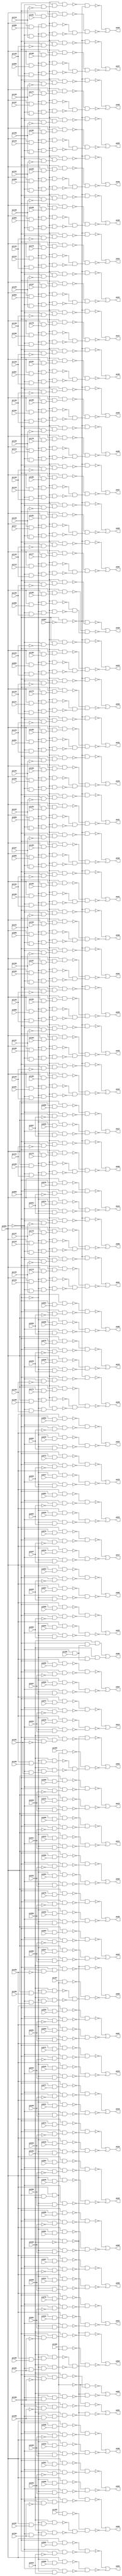
// Benchmark "i7" written by ABC on Sun Apr 22 21:43:05 2018

module i7 ( 
    pi000, pi001, pi002, pi003, pi004, pi005, pi006, pi007, pi008, pi009,
    pi010, pi011, pi012, pi013, pi014, pi015, pi016, pi017, pi018, pi019,
    pi020, pi021, pi022, pi023, pi024, pi025, pi026, pi027, pi028, pi029,
    pi030, pi031, pi032, pi033, pi034, pi035, pi036, pi037, pi038, pi039,
    pi040, pi041, pi042, pi043, pi044, pi045, pi046, pi047, pi048, pi049,
    pi050, pi051, pi052, pi053, pi054, pi055, pi056, pi057, pi058, pi059,
    pi060, pi061, pi062, pi063, pi064, pi065, pi066, pi067, pi068, pi069,
    pi070, pi071, pi072, pi073, pi074, pi075, pi076, pi077, pi078, pi079,
    pi080, pi081, pi082, pi083, pi084, pi085, pi086, pi087, pi088, pi089,
    pi090, pi091, pi092, pi093, pi094, pi095, pi096, pi097, pi098, pi099,
    pi100, pi101, pi102, pi103, pi104, pi105, pi106, pi107, pi108, pi109,
    pi110, pi111, pi112, pi113, pi114, pi115, pi116, pi117, pi118, pi119,
    pi120, pi121, pi122, pi123, pi124, pi125, pi126, pi127, pi128, pi129,
    pi130, pi131, pi132, pi133, pi134, pi135, pi136, pi137, pi138, pi139,
    pi140, pi141, pi142, pi143, pi144, pi145, pi146, pi147, pi148, pi149,
    pi150, pi151, pi152, pi153, pi154, pi155, pi156, pi157, pi158, pi159,
    pi160, pi161, pi162, pi163, pi164, pi165, pi166, pi167, pi168, pi169,
    pi170, pi171, pi172, pi173, pi174, pi175, pi176, pi177, pi178, pi179,
    pi180, pi181, pi182, pi183, pi184, pi185, pi186, pi187, pi188, pi189,
    pi190, pi191, pi192, pi193, pi194, pi195, pi196, pi197, pi198,
    po00, po01, po02, po03, po04, po05, po06, po07, po08, po09, po10, po11,
    po12, po13, po14, po15, po16, po17, po18, po19, po20, po21, po22, po23,
    po24, po25, po26, po27, po28, po29, po30, po31, po32, po33, po34, po35,
    po36, po37, po38, po39, po40, po41, po42, po43, po44, po45, po46, po47,
    po48, po49, po50, po51, po52, po53, po54, po55, po56, po57, po58, po59,
    po60, po61, po62, po63, po64, po65, po66  );
  input  pi000, pi001, pi002, pi003, pi004, pi005, pi006, pi007, pi008,
    pi009, pi010, pi011, pi012, pi013, pi014, pi015, pi016, pi017, pi018,
    pi019, pi020, pi021, pi022, pi023, pi024, pi025, pi026, pi027, pi028,
    pi029, pi030, pi031, pi032, pi033, pi034, pi035, pi036, pi037, pi038,
    pi039, pi040, pi041, pi042, pi043, pi044, pi045, pi046, pi047, pi048,
    pi049, pi050, pi051, pi052, pi053, pi054, pi055, pi056, pi057, pi058,
    pi059, pi060, pi061, pi062, pi063, pi064, pi065, pi066, pi067, pi068,
    pi069, pi070, pi071, pi072, pi073, pi074, pi075, pi076, pi077, pi078,
    pi079, pi080, pi081, pi082, pi083, pi084, pi085, pi086, pi087, pi088,
    pi089, pi090, pi091, pi092, pi093, pi094, pi095, pi096, pi097, pi098,
    pi099, pi100, pi101, pi102, pi103, pi104, pi105, pi106, pi107, pi108,
    pi109, pi110, pi111, pi112, pi113, pi114, pi115, pi116, pi117, pi118,
    pi119, pi120, pi121, pi122, pi123, pi124, pi125, pi126, pi127, pi128,
    pi129, pi130, pi131, pi132, pi133, pi134, pi135, pi136, pi137, pi138,
    pi139, pi140, pi141, pi142, pi143, pi144, pi145, pi146, pi147, pi148,
    pi149, pi150, pi151, pi152, pi153, pi154, pi155, pi156, pi157, pi158,
    pi159, pi160, pi161, pi162, pi163, pi164, pi165, pi166, pi167, pi168,
    pi169, pi170, pi171, pi172, pi173, pi174, pi175, pi176, pi177, pi178,
    pi179, pi180, pi181, pi182, pi183, pi184, pi185, pi186, pi187, pi188,
    pi189, pi190, pi191, pi192, pi193, pi194, pi195, pi196, pi197, pi198;
  output po00, po01, po02, po03, po04, po05, po06, po07, po08, po09, po10,
    po11, po12, po13, po14, po15, po16, po17, po18, po19, po20, po21, po22,
    po23, po24, po25, po26, po27, po28, po29, po30, po31, po32, po33, po34,
    po35, po36, po37, po38, po39, po40, po41, po42, po43, po44, po45, po46,
    po47, po48, po49, po50, po51, po52, po53, po54, po55, po56, po57, po58,
    po59, po60, po61, po62, po63, po64, po65, po66;
  wire n267, n268, n269, n270, n271, n272, n273, n274, n275, n276, n278,
    n279, n280, n281, n282, n283, n284, n285, n286, n287, n289, n290, n291,
    n292, n293, n294, n295, n296, n297, n298, n300, n301, n302, n303, n304,
    n305, n306, n307, n308, n309, n311, n312, n313, n314, n315, n316, n317,
    n318, n319, n320, n322, n323, n324, n325, n326, n327, n328, n329, n330,
    n331, n333, n334, n335, n336, n337, n338, n339, n340, n341, n342, n344,
    n345, n346, n347, n348, n349, n350, n351, n352, n353, n355, n356, n357,
    n358, n359, n360, n361, n362, n363, n364, n366, n367, n368, n369, n370,
    n371, n372, n373, n374, n375, n377, n378, n379, n380, n381, n382, n383,
    n384, n385, n386, n388, n389, n390, n391, n392, n393, n394, n395, n396,
    n397, n399, n400, n401, n402, n403, n404, n405, n406, n407, n408, n410,
    n411, n412, n413, n414, n415, n416, n417, n418, n419, n421, n422, n423,
    n424, n425, n426, n427, n428, n429, n430, n432, n433, n434, n435, n436,
    n437, n438, n439, n440, n441, n443, n444, n445, n446, n447, n448, n449,
    n450, n451, n452, n454, n455, n456, n457, n458, n459, n460, n461, n462,
    n463, n465, n466, n467, n468, n469, n470, n471, n472, n473, n474, n476,
    n477, n478, n479, n480, n481, n482, n483, n484, n485, n487, n488, n489,
    n490, n491, n492, n493, n494, n495, n496, n498, n499, n500, n501, n502,
    n503, n504, n505, n506, n507, n509, n510, n511, n512, n513, n514, n515,
    n516, n517, n518, n520, n521, n522, n523, n524, n525, n526, n527, n528,
    n529, n531, n532, n533, n534, n535, n536, n537, n538, n539, n540, n542,
    n543, n544, n545, n546, n547, n548, n549, n550, n551, n553, n554, n555,
    n556, n557, n558, n559, n560, n561, n562, n564, n565, n566, n567, n568,
    n569, n570, n571, n572, n573, n575, n576, n577, n578, n579, n580, n581,
    n582, n583, n584, n585, n586, n587, n588, n589, n590, n592, n593, n594,
    n595, n596, n597, n598, n599, n600, n601, n602, n603, n604, n605, n606,
    n608, n609, n610, n611, n612, n613, n614, n615, n616, n617, n618, n619,
    n620, n621, n622, n624, n625, n626, n627, n628, n629, n630, n631, n632,
    n633, n634, n635, n636, n637, n638, n640, n641, n642, n643, n644, n645,
    n646, n647, n648, n649, n650, n651, n652, n653, n654, n656, n657, n658,
    n659, n660, n661, n662, n663, n664, n665, n666, n667, n668, n669, n670,
    n672, n673, n674, n675, n676, n677, n678, n679, n680, n681, n682, n683,
    n684, n685, n686, n688, n689, n690, n691, n692, n693, n694, n695, n696,
    n697, n698, n699, n700, n701, n702, n704, n705, n706, n707, n708, n709,
    n710, n711, n712, n713, n714, n715, n716, n717, n718, n720, n721, n722,
    n723, n724, n725, n726, n727, n728, n729, n730, n731, n732, n733, n734,
    n736, n737, n738, n739, n740, n741, n742, n743, n744, n745, n746, n747,
    n748, n749, n750, n752, n753, n754, n755, n756, n757, n758, n759, n760,
    n761, n762, n763, n764, n765, n766, n768, n769, n770, n771, n772, n773,
    n774, n775, n776, n777, n778, n779, n780, n781, n782, n784, n785, n786,
    n787, n788, n789, n790, n791, n792, n793, n794, n795, n796, n797, n798,
    n800, n801, n802, n803, n804, n805, n806, n807, n808, n809, n810, n811,
    n812, n813, n814, n816, n817, n818, n819, n820, n821, n822, n823, n824,
    n825, n826, n827, n828, n829, n830, n832, n833, n834, n835, n836, n837,
    n838, n839, n840, n841, n842, n843, n844, n845, n846, n848, n849, n850,
    n851, n852, n853, n854, n855, n856, n857, n858, n859, n860, n861, n862,
    n864, n865, n866, n867, n868, n869, n870, n871, n872, n873, n874, n875,
    n876, n877, n878, n880, n881, n882, n883, n884, n885, n886, n887, n888,
    n889, n890, n891, n892, n893, n894, n896, n897, n898, n899, n900, n901,
    n902, n903, n904, n905, n906, n907, n908, n909, n910, n912, n913, n914,
    n915, n916, n917, n918, n919, n920, n921, n922, n923, n924, n925, n926,
    n928, n929, n930, n931, n932, n933, n934, n935, n936, n937, n938, n939,
    n940, n941, n942, n944, n945, n946, n947, n948, n949, n950, n951, n952,
    n953, n954, n955, n956, n957, n958, n960, n961, n962, n963, n964, n965,
    n966, n967, n968, n969, n970, n971, n972, n973, n974, n976, n977, n978,
    n979, n980, n981, n982, n983, n984, n985, n986, n987, n988, n989, n990,
    n992, n993, n994, n995, n996, n997, n998, n999, n1000, n1001, n1002,
    n1003, n1004, n1005, n1006, n1008, n1009, n1010, n1011, n1012, n1013,
    n1014, n1015, n1016, n1017, n1018, n1019, n1020, n1021, n1022, n1024,
    n1025, n1026, n1027, n1028, n1029, n1030, n1031, n1032, n1033, n1034,
    n1035, n1036, n1037, n1038, n1040, n1041, n1042, n1043, n1044, n1045,
    n1046, n1047, n1048, n1049, n1050, n1051, n1052, n1053, n1054, n1056,
    n1057, n1058, n1059, n1060, n1061, n1062, n1063, n1064, n1065, n1066,
    n1067, n1068, n1069, n1070, n1072, n1073, n1074, n1075, n1076, n1077,
    n1078, n1079, n1080, n1081, n1082, n1083, n1084, n1085, n1086, n1088,
    n1089, n1090, n1091, n1092, n1094, n1095, n1096, n1097, n1098, n1099,
    n1100, n1101, n1102, n1103, n1104, n1106, n1107, n1108, n1109, n1110,
    n1111, n1112, n1113, n1115, n1116, n1117, n1118, n1119, n1120, n1121,
    n1122, n1123, n1124, n1125, n1126, n1127, n1129, n1130, n1131, n1132,
    n1133, n1134, n1135, n1136, n1137, n1138, n1139, n1140, n1141, n1143,
    n1144, n1145, n1146, n1147, n1148, n1149, n1150, n1151, n1152, n1153,
    n1154, n1155, n1157, n1158, n1159, n1160, n1161, n1162, n1163, n1164,
    n1165, n1166, n1167, n1168, n1169;
  assign n267 = ~pi000 & pi001;
  assign n268 = pi002 & n267;
  assign n269 = ~pi000 & pi030;
  assign n270 = ~pi002 & n269;
  assign n271 = pi000 & pi058;
  assign n272 = pi002 & n271;
  assign n273 = pi000 & ~pi030;
  assign n274 = ~pi002 & n273;
  assign n275 = ~n272 & ~n274;
  assign n276 = ~n268 & ~n270;
  assign po00 = ~n275 | ~n276;
  assign n278 = ~pi000 & pi003;
  assign n279 = pi002 & n278;
  assign n280 = ~pi000 & pi031;
  assign n281 = ~pi002 & n280;
  assign n282 = pi000 & pi059;
  assign n283 = pi002 & n282;
  assign n284 = pi000 & ~pi031;
  assign n285 = ~pi002 & n284;
  assign n286 = ~n283 & ~n285;
  assign n287 = ~n279 & ~n281;
  assign po01 = ~n286 | ~n287;
  assign n289 = ~pi000 & pi004;
  assign n290 = pi002 & n289;
  assign n291 = ~pi000 & pi032;
  assign n292 = ~pi002 & n291;
  assign n293 = pi000 & pi060;
  assign n294 = pi002 & n293;
  assign n295 = pi000 & ~pi032;
  assign n296 = ~pi002 & n295;
  assign n297 = ~n294 & ~n296;
  assign n298 = ~n290 & ~n292;
  assign po02 = ~n297 | ~n298;
  assign n300 = ~pi000 & pi005;
  assign n301 = pi002 & n300;
  assign n302 = ~pi000 & pi033;
  assign n303 = ~pi002 & n302;
  assign n304 = pi000 & pi061;
  assign n305 = pi002 & n304;
  assign n306 = pi000 & ~pi033;
  assign n307 = ~pi002 & n306;
  assign n308 = ~n305 & ~n307;
  assign n309 = ~n301 & ~n303;
  assign po03 = ~n308 | ~n309;
  assign n311 = ~pi000 & pi006;
  assign n312 = pi002 & n311;
  assign n313 = ~pi000 & pi034;
  assign n314 = ~pi002 & n313;
  assign n315 = pi000 & pi062;
  assign n316 = pi002 & n315;
  assign n317 = pi000 & ~pi034;
  assign n318 = ~pi002 & n317;
  assign n319 = ~n316 & ~n318;
  assign n320 = ~n312 & ~n314;
  assign po04 = ~n319 | ~n320;
  assign n322 = ~pi000 & pi007;
  assign n323 = pi002 & n322;
  assign n324 = ~pi000 & pi035;
  assign n325 = ~pi002 & n324;
  assign n326 = pi000 & pi063;
  assign n327 = pi002 & n326;
  assign n328 = pi000 & ~pi035;
  assign n329 = ~pi002 & n328;
  assign n330 = ~n327 & ~n329;
  assign n331 = ~n323 & ~n325;
  assign po05 = ~n330 | ~n331;
  assign n333 = ~pi000 & pi008;
  assign n334 = pi002 & n333;
  assign n335 = ~pi000 & pi036;
  assign n336 = ~pi002 & n335;
  assign n337 = pi000 & pi064;
  assign n338 = pi002 & n337;
  assign n339 = pi000 & ~pi036;
  assign n340 = ~pi002 & n339;
  assign n341 = ~n338 & ~n340;
  assign n342 = ~n334 & ~n336;
  assign po06 = ~n341 | ~n342;
  assign n344 = ~pi000 & pi009;
  assign n345 = pi002 & n344;
  assign n346 = ~pi000 & pi037;
  assign n347 = ~pi002 & n346;
  assign n348 = pi000 & pi065;
  assign n349 = pi002 & n348;
  assign n350 = pi000 & ~pi037;
  assign n351 = ~pi002 & n350;
  assign n352 = ~n349 & ~n351;
  assign n353 = ~n345 & ~n347;
  assign po07 = ~n352 | ~n353;
  assign n355 = ~pi000 & pi010;
  assign n356 = pi002 & n355;
  assign n357 = ~pi000 & pi038;
  assign n358 = ~pi002 & n357;
  assign n359 = pi000 & pi066;
  assign n360 = pi002 & n359;
  assign n361 = pi000 & ~pi038;
  assign n362 = ~pi002 & n361;
  assign n363 = ~n360 & ~n362;
  assign n364 = ~n356 & ~n358;
  assign po08 = ~n363 | ~n364;
  assign n366 = ~pi000 & pi011;
  assign n367 = pi002 & n366;
  assign n368 = ~pi000 & pi039;
  assign n369 = ~pi002 & n368;
  assign n370 = pi000 & pi067;
  assign n371 = pi002 & n370;
  assign n372 = pi000 & ~pi039;
  assign n373 = ~pi002 & n372;
  assign n374 = ~n371 & ~n373;
  assign n375 = ~n367 & ~n369;
  assign po09 = ~n374 | ~n375;
  assign n377 = ~pi000 & pi012;
  assign n378 = pi002 & n377;
  assign n379 = ~pi000 & pi040;
  assign n380 = ~pi002 & n379;
  assign n381 = pi000 & pi068;
  assign n382 = pi002 & n381;
  assign n383 = pi000 & ~pi040;
  assign n384 = ~pi002 & n383;
  assign n385 = ~n382 & ~n384;
  assign n386 = ~n378 & ~n380;
  assign po10 = ~n385 | ~n386;
  assign n388 = ~pi000 & pi013;
  assign n389 = pi002 & n388;
  assign n390 = ~pi000 & pi041;
  assign n391 = ~pi002 & n390;
  assign n392 = pi000 & pi069;
  assign n393 = pi002 & n392;
  assign n394 = pi000 & ~pi041;
  assign n395 = ~pi002 & n394;
  assign n396 = ~n393 & ~n395;
  assign n397 = ~n389 & ~n391;
  assign po11 = ~n396 | ~n397;
  assign n399 = ~pi000 & pi014;
  assign n400 = pi002 & n399;
  assign n401 = ~pi000 & pi042;
  assign n402 = ~pi002 & n401;
  assign n403 = pi000 & pi070;
  assign n404 = pi002 & n403;
  assign n405 = pi000 & ~pi042;
  assign n406 = ~pi002 & n405;
  assign n407 = ~n404 & ~n406;
  assign n408 = ~n400 & ~n402;
  assign po12 = ~n407 | ~n408;
  assign n410 = ~pi000 & pi015;
  assign n411 = pi002 & n410;
  assign n412 = ~pi000 & pi043;
  assign n413 = ~pi002 & n412;
  assign n414 = pi000 & pi071;
  assign n415 = pi002 & n414;
  assign n416 = pi000 & ~pi043;
  assign n417 = ~pi002 & n416;
  assign n418 = ~n415 & ~n417;
  assign n419 = ~n411 & ~n413;
  assign po13 = ~n418 | ~n419;
  assign n421 = ~pi000 & pi016;
  assign n422 = pi002 & n421;
  assign n423 = ~pi000 & pi044;
  assign n424 = ~pi002 & n423;
  assign n425 = pi000 & pi072;
  assign n426 = pi002 & n425;
  assign n427 = pi000 & ~pi044;
  assign n428 = ~pi002 & n427;
  assign n429 = ~n426 & ~n428;
  assign n430 = ~n422 & ~n424;
  assign po14 = ~n429 | ~n430;
  assign n432 = ~pi000 & pi017;
  assign n433 = pi002 & n432;
  assign n434 = ~pi000 & pi045;
  assign n435 = ~pi002 & n434;
  assign n436 = pi000 & pi073;
  assign n437 = pi002 & n436;
  assign n438 = pi000 & ~pi045;
  assign n439 = ~pi002 & n438;
  assign n440 = ~n437 & ~n439;
  assign n441 = ~n433 & ~n435;
  assign po15 = ~n440 | ~n441;
  assign n443 = ~pi000 & pi018;
  assign n444 = pi002 & n443;
  assign n445 = ~pi000 & pi046;
  assign n446 = ~pi002 & n445;
  assign n447 = pi000 & pi074;
  assign n448 = pi002 & n447;
  assign n449 = pi000 & ~pi046;
  assign n450 = ~pi002 & n449;
  assign n451 = ~n448 & ~n450;
  assign n452 = ~n444 & ~n446;
  assign po16 = ~n451 | ~n452;
  assign n454 = ~pi000 & pi019;
  assign n455 = pi002 & n454;
  assign n456 = ~pi000 & pi047;
  assign n457 = ~pi002 & n456;
  assign n458 = pi000 & pi075;
  assign n459 = pi002 & n458;
  assign n460 = pi000 & ~pi047;
  assign n461 = ~pi002 & n460;
  assign n462 = ~n459 & ~n461;
  assign n463 = ~n455 & ~n457;
  assign po17 = ~n462 | ~n463;
  assign n465 = ~pi000 & pi020;
  assign n466 = pi002 & n465;
  assign n467 = ~pi000 & pi048;
  assign n468 = ~pi002 & n467;
  assign n469 = pi000 & pi076;
  assign n470 = pi002 & n469;
  assign n471 = pi000 & ~pi048;
  assign n472 = ~pi002 & n471;
  assign n473 = ~n470 & ~n472;
  assign n474 = ~n466 & ~n468;
  assign po18 = ~n473 | ~n474;
  assign n476 = ~pi000 & pi021;
  assign n477 = pi002 & n476;
  assign n478 = ~pi000 & pi049;
  assign n479 = ~pi002 & n478;
  assign n480 = pi000 & pi077;
  assign n481 = pi002 & n480;
  assign n482 = pi000 & ~pi049;
  assign n483 = ~pi002 & n482;
  assign n484 = ~n481 & ~n483;
  assign n485 = ~n477 & ~n479;
  assign po19 = ~n484 | ~n485;
  assign n487 = ~pi000 & pi022;
  assign n488 = pi002 & n487;
  assign n489 = ~pi000 & pi050;
  assign n490 = ~pi002 & n489;
  assign n491 = pi000 & pi078;
  assign n492 = pi002 & n491;
  assign n493 = pi000 & ~pi050;
  assign n494 = ~pi002 & n493;
  assign n495 = ~n492 & ~n494;
  assign n496 = ~n488 & ~n490;
  assign po20 = ~n495 | ~n496;
  assign n498 = ~pi000 & pi023;
  assign n499 = pi002 & n498;
  assign n500 = ~pi000 & pi051;
  assign n501 = ~pi002 & n500;
  assign n502 = pi000 & pi079;
  assign n503 = pi002 & n502;
  assign n504 = pi000 & ~pi051;
  assign n505 = ~pi002 & n504;
  assign n506 = ~n503 & ~n505;
  assign n507 = ~n499 & ~n501;
  assign po21 = ~n506 | ~n507;
  assign n509 = ~pi000 & pi024;
  assign n510 = pi002 & n509;
  assign n511 = ~pi000 & pi052;
  assign n512 = ~pi002 & n511;
  assign n513 = pi000 & pi080;
  assign n514 = pi002 & n513;
  assign n515 = pi000 & ~pi052;
  assign n516 = ~pi002 & n515;
  assign n517 = ~n514 & ~n516;
  assign n518 = ~n510 & ~n512;
  assign po22 = ~n517 | ~n518;
  assign n520 = ~pi000 & pi025;
  assign n521 = pi002 & n520;
  assign n522 = ~pi000 & pi053;
  assign n523 = ~pi002 & n522;
  assign n524 = pi000 & pi081;
  assign n525 = pi002 & n524;
  assign n526 = pi000 & ~pi053;
  assign n527 = ~pi002 & n526;
  assign n528 = ~n525 & ~n527;
  assign n529 = ~n521 & ~n523;
  assign po23 = ~n528 | ~n529;
  assign n531 = ~pi000 & pi026;
  assign n532 = pi002 & n531;
  assign n533 = ~pi000 & pi054;
  assign n534 = ~pi002 & n533;
  assign n535 = pi000 & pi082;
  assign n536 = pi002 & n535;
  assign n537 = pi000 & ~pi054;
  assign n538 = ~pi002 & n537;
  assign n539 = ~n536 & ~n538;
  assign n540 = ~n532 & ~n534;
  assign po24 = ~n539 | ~n540;
  assign n542 = ~pi000 & pi027;
  assign n543 = pi002 & n542;
  assign n544 = ~pi000 & pi055;
  assign n545 = ~pi002 & n544;
  assign n546 = pi000 & pi083;
  assign n547 = pi002 & n546;
  assign n548 = pi000 & ~pi055;
  assign n549 = ~pi002 & n548;
  assign n550 = ~n547 & ~n549;
  assign n551 = ~n543 & ~n545;
  assign po25 = ~n550 | ~n551;
  assign n553 = ~pi000 & pi028;
  assign n554 = pi002 & n553;
  assign n555 = ~pi000 & pi056;
  assign n556 = ~pi002 & n555;
  assign n557 = pi000 & pi084;
  assign n558 = pi002 & n557;
  assign n559 = pi000 & ~pi056;
  assign n560 = ~pi002 & n559;
  assign n561 = ~n558 & ~n560;
  assign n562 = ~n554 & ~n556;
  assign po26 = ~n561 | ~n562;
  assign n564 = ~pi000 & pi029;
  assign n565 = pi002 & n564;
  assign n566 = ~pi000 & pi057;
  assign n567 = ~pi002 & n566;
  assign n568 = pi000 & pi085;
  assign n569 = pi002 & n568;
  assign n570 = pi000 & ~pi057;
  assign n571 = ~pi002 & n570;
  assign n572 = ~n569 & ~n571;
  assign n573 = ~n565 & ~n567;
  assign po27 = ~n572 | ~n573;
  assign n575 = pi002 & pi086;
  assign n576 = ~pi000 & n575;
  assign n577 = pi087 & n576;
  assign n578 = ~pi002 & pi119;
  assign n579 = ~pi000 & n578;
  assign n580 = pi087 & n579;
  assign n581 = pi002 & pi151;
  assign n582 = pi000 & n581;
  assign n583 = pi087 & n582;
  assign n584 = ~pi002 & ~pi119;
  assign n585 = pi000 & n584;
  assign n586 = pi087 & n585;
  assign n587 = pi000 & ~pi087;
  assign n588 = ~n586 & ~n587;
  assign n589 = ~n577 & ~n580;
  assign n590 = ~n583 & n589;
  assign po28 = ~n588 | ~n590;
  assign n592 = pi002 & pi088;
  assign n593 = ~pi000 & n592;
  assign n594 = pi087 & n593;
  assign n595 = ~pi002 & pi120;
  assign n596 = ~pi000 & n595;
  assign n597 = pi087 & n596;
  assign n598 = pi002 & pi152;
  assign n599 = pi000 & n598;
  assign n600 = pi087 & n599;
  assign n601 = ~pi002 & ~pi120;
  assign n602 = pi000 & n601;
  assign n603 = pi087 & n602;
  assign n604 = ~n587 & ~n603;
  assign n605 = ~n594 & ~n597;
  assign n606 = ~n600 & n605;
  assign po29 = ~n604 | ~n606;
  assign n608 = pi002 & pi089;
  assign n609 = ~pi000 & n608;
  assign n610 = pi087 & n609;
  assign n611 = ~pi002 & pi121;
  assign n612 = ~pi000 & n611;
  assign n613 = pi087 & n612;
  assign n614 = pi002 & pi153;
  assign n615 = pi000 & n614;
  assign n616 = pi087 & n615;
  assign n617 = ~pi002 & ~pi121;
  assign n618 = pi000 & n617;
  assign n619 = pi087 & n618;
  assign n620 = ~n587 & ~n619;
  assign n621 = ~n610 & ~n613;
  assign n622 = ~n616 & n621;
  assign po30 = ~n620 | ~n622;
  assign n624 = pi002 & pi090;
  assign n625 = ~pi000 & n624;
  assign n626 = pi087 & n625;
  assign n627 = ~pi002 & pi122;
  assign n628 = ~pi000 & n627;
  assign n629 = pi087 & n628;
  assign n630 = pi002 & pi154;
  assign n631 = pi000 & n630;
  assign n632 = pi087 & n631;
  assign n633 = ~pi002 & ~pi122;
  assign n634 = pi000 & n633;
  assign n635 = pi087 & n634;
  assign n636 = ~n587 & ~n635;
  assign n637 = ~n626 & ~n629;
  assign n638 = ~n632 & n637;
  assign po31 = ~n636 | ~n638;
  assign n640 = pi002 & pi091;
  assign n641 = ~pi000 & n640;
  assign n642 = pi087 & n641;
  assign n643 = ~pi002 & pi123;
  assign n644 = ~pi000 & n643;
  assign n645 = pi087 & n644;
  assign n646 = pi002 & pi155;
  assign n647 = pi000 & n646;
  assign n648 = pi087 & n647;
  assign n649 = ~pi002 & ~pi123;
  assign n650 = pi000 & n649;
  assign n651 = pi087 & n650;
  assign n652 = ~n587 & ~n651;
  assign n653 = ~n642 & ~n645;
  assign n654 = ~n648 & n653;
  assign po32 = ~n652 | ~n654;
  assign n656 = pi002 & pi092;
  assign n657 = ~pi000 & n656;
  assign n658 = pi087 & n657;
  assign n659 = ~pi002 & pi124;
  assign n660 = ~pi000 & n659;
  assign n661 = pi087 & n660;
  assign n662 = pi002 & pi156;
  assign n663 = pi000 & n662;
  assign n664 = pi087 & n663;
  assign n665 = ~pi002 & ~pi124;
  assign n666 = pi000 & n665;
  assign n667 = pi087 & n666;
  assign n668 = ~n587 & ~n667;
  assign n669 = ~n658 & ~n661;
  assign n670 = ~n664 & n669;
  assign po33 = ~n668 | ~n670;
  assign n672 = pi002 & pi093;
  assign n673 = ~pi000 & n672;
  assign n674 = pi087 & n673;
  assign n675 = ~pi002 & pi125;
  assign n676 = ~pi000 & n675;
  assign n677 = pi087 & n676;
  assign n678 = pi002 & pi157;
  assign n679 = pi000 & n678;
  assign n680 = pi087 & n679;
  assign n681 = ~pi002 & ~pi125;
  assign n682 = pi000 & n681;
  assign n683 = pi087 & n682;
  assign n684 = ~n587 & ~n683;
  assign n685 = ~n674 & ~n677;
  assign n686 = ~n680 & n685;
  assign po34 = ~n684 | ~n686;
  assign n688 = pi002 & pi094;
  assign n689 = ~pi000 & n688;
  assign n690 = pi087 & n689;
  assign n691 = ~pi002 & pi126;
  assign n692 = ~pi000 & n691;
  assign n693 = pi087 & n692;
  assign n694 = pi002 & pi158;
  assign n695 = pi000 & n694;
  assign n696 = pi087 & n695;
  assign n697 = ~pi002 & ~pi126;
  assign n698 = pi000 & n697;
  assign n699 = pi087 & n698;
  assign n700 = ~n587 & ~n699;
  assign n701 = ~n690 & ~n693;
  assign n702 = ~n696 & n701;
  assign po35 = ~n700 | ~n702;
  assign n704 = pi002 & pi095;
  assign n705 = ~pi000 & n704;
  assign n706 = pi087 & n705;
  assign n707 = ~pi002 & pi127;
  assign n708 = ~pi000 & n707;
  assign n709 = pi087 & n708;
  assign n710 = pi002 & pi159;
  assign n711 = pi000 & n710;
  assign n712 = pi087 & n711;
  assign n713 = ~pi002 & ~pi127;
  assign n714 = pi000 & n713;
  assign n715 = pi087 & n714;
  assign n716 = ~n587 & ~n715;
  assign n717 = ~n706 & ~n709;
  assign n718 = ~n712 & n717;
  assign po36 = ~n716 | ~n718;
  assign n720 = pi002 & pi096;
  assign n721 = ~pi000 & n720;
  assign n722 = pi087 & n721;
  assign n723 = ~pi002 & pi128;
  assign n724 = ~pi000 & n723;
  assign n725 = pi087 & n724;
  assign n726 = pi002 & pi160;
  assign n727 = pi000 & n726;
  assign n728 = pi087 & n727;
  assign n729 = ~pi002 & ~pi128;
  assign n730 = pi000 & n729;
  assign n731 = pi087 & n730;
  assign n732 = ~n587 & ~n731;
  assign n733 = ~n722 & ~n725;
  assign n734 = ~n728 & n733;
  assign po37 = ~n732 | ~n734;
  assign n736 = pi002 & pi097;
  assign n737 = ~pi000 & n736;
  assign n738 = pi087 & n737;
  assign n739 = ~pi002 & pi129;
  assign n740 = ~pi000 & n739;
  assign n741 = pi087 & n740;
  assign n742 = pi002 & pi161;
  assign n743 = pi000 & n742;
  assign n744 = pi087 & n743;
  assign n745 = ~pi002 & ~pi129;
  assign n746 = pi000 & n745;
  assign n747 = pi087 & n746;
  assign n748 = ~n587 & ~n747;
  assign n749 = ~n738 & ~n741;
  assign n750 = ~n744 & n749;
  assign po38 = ~n748 | ~n750;
  assign n752 = pi002 & pi098;
  assign n753 = ~pi000 & n752;
  assign n754 = pi087 & n753;
  assign n755 = ~pi002 & pi130;
  assign n756 = ~pi000 & n755;
  assign n757 = pi087 & n756;
  assign n758 = pi002 & pi162;
  assign n759 = pi000 & n758;
  assign n760 = pi087 & n759;
  assign n761 = ~pi002 & ~pi130;
  assign n762 = pi000 & n761;
  assign n763 = pi087 & n762;
  assign n764 = ~n587 & ~n763;
  assign n765 = ~n754 & ~n757;
  assign n766 = ~n760 & n765;
  assign po39 = ~n764 | ~n766;
  assign n768 = pi002 & pi099;
  assign n769 = ~pi000 & n768;
  assign n770 = pi087 & n769;
  assign n771 = ~pi002 & pi131;
  assign n772 = ~pi000 & n771;
  assign n773 = pi087 & n772;
  assign n774 = pi002 & pi163;
  assign n775 = pi000 & n774;
  assign n776 = pi087 & n775;
  assign n777 = ~pi002 & ~pi131;
  assign n778 = pi000 & n777;
  assign n779 = pi087 & n778;
  assign n780 = ~n587 & ~n779;
  assign n781 = ~n770 & ~n773;
  assign n782 = ~n776 & n781;
  assign po40 = ~n780 | ~n782;
  assign n784 = pi002 & pi100;
  assign n785 = ~pi000 & n784;
  assign n786 = pi087 & n785;
  assign n787 = ~pi002 & pi132;
  assign n788 = ~pi000 & n787;
  assign n789 = pi087 & n788;
  assign n790 = pi002 & pi164;
  assign n791 = pi000 & n790;
  assign n792 = pi087 & n791;
  assign n793 = ~pi002 & ~pi132;
  assign n794 = pi000 & n793;
  assign n795 = pi087 & n794;
  assign n796 = ~n587 & ~n795;
  assign n797 = ~n786 & ~n789;
  assign n798 = ~n792 & n797;
  assign po41 = ~n796 | ~n798;
  assign n800 = pi002 & pi101;
  assign n801 = ~pi000 & n800;
  assign n802 = pi087 & n801;
  assign n803 = ~pi002 & pi133;
  assign n804 = ~pi000 & n803;
  assign n805 = pi087 & n804;
  assign n806 = pi002 & pi165;
  assign n807 = pi000 & n806;
  assign n808 = pi087 & n807;
  assign n809 = ~pi002 & ~pi133;
  assign n810 = pi000 & n809;
  assign n811 = pi087 & n810;
  assign n812 = ~n587 & ~n811;
  assign n813 = ~n802 & ~n805;
  assign n814 = ~n808 & n813;
  assign po42 = ~n812 | ~n814;
  assign n816 = pi002 & pi102;
  assign n817 = ~pi000 & n816;
  assign n818 = pi087 & n817;
  assign n819 = ~pi002 & pi134;
  assign n820 = ~pi000 & n819;
  assign n821 = pi087 & n820;
  assign n822 = pi002 & pi166;
  assign n823 = pi000 & n822;
  assign n824 = pi087 & n823;
  assign n825 = ~pi002 & ~pi134;
  assign n826 = pi000 & n825;
  assign n827 = pi087 & n826;
  assign n828 = ~n587 & ~n827;
  assign n829 = ~n818 & ~n821;
  assign n830 = ~n824 & n829;
  assign po43 = ~n828 | ~n830;
  assign n832 = pi002 & pi103;
  assign n833 = ~pi000 & n832;
  assign n834 = pi087 & n833;
  assign n835 = ~pi002 & pi135;
  assign n836 = ~pi000 & n835;
  assign n837 = pi087 & n836;
  assign n838 = pi002 & pi167;
  assign n839 = pi000 & n838;
  assign n840 = pi087 & n839;
  assign n841 = ~pi002 & ~pi135;
  assign n842 = pi000 & n841;
  assign n843 = pi087 & n842;
  assign n844 = ~n587 & ~n843;
  assign n845 = ~n834 & ~n837;
  assign n846 = ~n840 & n845;
  assign po44 = ~n844 | ~n846;
  assign n848 = pi002 & pi104;
  assign n849 = ~pi000 & n848;
  assign n850 = pi087 & n849;
  assign n851 = ~pi002 & pi136;
  assign n852 = ~pi000 & n851;
  assign n853 = pi087 & n852;
  assign n854 = pi002 & pi168;
  assign n855 = pi000 & n854;
  assign n856 = pi087 & n855;
  assign n857 = ~pi002 & ~pi136;
  assign n858 = pi000 & n857;
  assign n859 = pi087 & n858;
  assign n860 = ~n587 & ~n859;
  assign n861 = ~n850 & ~n853;
  assign n862 = ~n856 & n861;
  assign po45 = ~n860 | ~n862;
  assign n864 = pi002 & pi105;
  assign n865 = ~pi000 & n864;
  assign n866 = pi087 & n865;
  assign n867 = ~pi002 & pi137;
  assign n868 = ~pi000 & n867;
  assign n869 = pi087 & n868;
  assign n870 = pi002 & pi169;
  assign n871 = pi000 & n870;
  assign n872 = pi087 & n871;
  assign n873 = ~pi002 & ~pi137;
  assign n874 = pi000 & n873;
  assign n875 = pi087 & n874;
  assign n876 = ~n587 & ~n875;
  assign n877 = ~n866 & ~n869;
  assign n878 = ~n872 & n877;
  assign po46 = ~n876 | ~n878;
  assign n880 = pi002 & pi106;
  assign n881 = ~pi000 & n880;
  assign n882 = pi087 & n881;
  assign n883 = ~pi002 & pi138;
  assign n884 = ~pi000 & n883;
  assign n885 = pi087 & n884;
  assign n886 = pi002 & pi170;
  assign n887 = pi000 & n886;
  assign n888 = pi087 & n887;
  assign n889 = ~pi002 & ~pi138;
  assign n890 = pi000 & n889;
  assign n891 = pi087 & n890;
  assign n892 = ~n587 & ~n891;
  assign n893 = ~n882 & ~n885;
  assign n894 = ~n888 & n893;
  assign po47 = ~n892 | ~n894;
  assign n896 = pi002 & pi107;
  assign n897 = ~pi000 & n896;
  assign n898 = pi087 & n897;
  assign n899 = ~pi002 & pi139;
  assign n900 = ~pi000 & n899;
  assign n901 = pi087 & n900;
  assign n902 = pi002 & pi171;
  assign n903 = pi000 & n902;
  assign n904 = pi087 & n903;
  assign n905 = ~pi002 & ~pi139;
  assign n906 = pi000 & n905;
  assign n907 = pi087 & n906;
  assign n908 = ~n587 & ~n907;
  assign n909 = ~n898 & ~n901;
  assign n910 = ~n904 & n909;
  assign po48 = ~n908 | ~n910;
  assign n912 = pi002 & pi108;
  assign n913 = ~pi000 & n912;
  assign n914 = pi087 & n913;
  assign n915 = ~pi002 & pi140;
  assign n916 = ~pi000 & n915;
  assign n917 = pi087 & n916;
  assign n918 = pi002 & pi172;
  assign n919 = pi000 & n918;
  assign n920 = pi087 & n919;
  assign n921 = ~pi002 & ~pi140;
  assign n922 = pi000 & n921;
  assign n923 = pi087 & n922;
  assign n924 = ~n587 & ~n923;
  assign n925 = ~n914 & ~n917;
  assign n926 = ~n920 & n925;
  assign po49 = ~n924 | ~n926;
  assign n928 = pi002 & pi109;
  assign n929 = ~pi000 & n928;
  assign n930 = pi087 & n929;
  assign n931 = ~pi002 & pi141;
  assign n932 = ~pi000 & n931;
  assign n933 = pi087 & n932;
  assign n934 = pi002 & pi173;
  assign n935 = pi000 & n934;
  assign n936 = pi087 & n935;
  assign n937 = ~pi002 & ~pi141;
  assign n938 = pi000 & n937;
  assign n939 = pi087 & n938;
  assign n940 = ~n587 & ~n939;
  assign n941 = ~n930 & ~n933;
  assign n942 = ~n936 & n941;
  assign po50 = ~n940 | ~n942;
  assign n944 = pi002 & pi110;
  assign n945 = ~pi000 & n944;
  assign n946 = pi087 & n945;
  assign n947 = ~pi002 & pi142;
  assign n948 = ~pi000 & n947;
  assign n949 = pi087 & n948;
  assign n950 = pi002 & pi174;
  assign n951 = pi000 & n950;
  assign n952 = pi087 & n951;
  assign n953 = ~pi002 & ~pi142;
  assign n954 = pi000 & n953;
  assign n955 = pi087 & n954;
  assign n956 = ~n587 & ~n955;
  assign n957 = ~n946 & ~n949;
  assign n958 = ~n952 & n957;
  assign po51 = ~n956 | ~n958;
  assign n960 = pi002 & pi111;
  assign n961 = ~pi000 & n960;
  assign n962 = pi087 & n961;
  assign n963 = ~pi002 & pi143;
  assign n964 = ~pi000 & n963;
  assign n965 = pi087 & n964;
  assign n966 = pi002 & pi175;
  assign n967 = pi000 & n966;
  assign n968 = pi087 & n967;
  assign n969 = ~pi002 & ~pi143;
  assign n970 = pi000 & n969;
  assign n971 = pi087 & n970;
  assign n972 = ~n587 & ~n971;
  assign n973 = ~n962 & ~n965;
  assign n974 = ~n968 & n973;
  assign po52 = ~n972 | ~n974;
  assign n976 = pi002 & pi112;
  assign n977 = ~pi000 & n976;
  assign n978 = pi087 & n977;
  assign n979 = ~pi002 & pi144;
  assign n980 = ~pi000 & n979;
  assign n981 = pi087 & n980;
  assign n982 = pi002 & pi176;
  assign n983 = pi000 & n982;
  assign n984 = pi087 & n983;
  assign n985 = ~pi002 & ~pi144;
  assign n986 = pi000 & n985;
  assign n987 = pi087 & n986;
  assign n988 = ~n587 & ~n987;
  assign n989 = ~n978 & ~n981;
  assign n990 = ~n984 & n989;
  assign po53 = ~n988 | ~n990;
  assign n992 = pi002 & pi113;
  assign n993 = ~pi000 & n992;
  assign n994 = pi087 & n993;
  assign n995 = ~pi002 & pi145;
  assign n996 = ~pi000 & n995;
  assign n997 = pi087 & n996;
  assign n998 = pi002 & pi177;
  assign n999 = pi000 & n998;
  assign n1000 = pi087 & n999;
  assign n1001 = ~pi002 & ~pi145;
  assign n1002 = pi000 & n1001;
  assign n1003 = pi087 & n1002;
  assign n1004 = ~n587 & ~n1003;
  assign n1005 = ~n994 & ~n997;
  assign n1006 = ~n1000 & n1005;
  assign po54 = ~n1004 | ~n1006;
  assign n1008 = pi002 & pi114;
  assign n1009 = ~pi000 & n1008;
  assign n1010 = pi087 & n1009;
  assign n1011 = ~pi002 & pi146;
  assign n1012 = ~pi000 & n1011;
  assign n1013 = pi087 & n1012;
  assign n1014 = pi002 & pi178;
  assign n1015 = pi000 & n1014;
  assign n1016 = pi087 & n1015;
  assign n1017 = ~pi002 & ~pi146;
  assign n1018 = pi000 & n1017;
  assign n1019 = pi087 & n1018;
  assign n1020 = ~n587 & ~n1019;
  assign n1021 = ~n1010 & ~n1013;
  assign n1022 = ~n1016 & n1021;
  assign po55 = ~n1020 | ~n1022;
  assign n1024 = pi002 & pi115;
  assign n1025 = ~pi000 & n1024;
  assign n1026 = pi087 & n1025;
  assign n1027 = ~pi002 & pi147;
  assign n1028 = ~pi000 & n1027;
  assign n1029 = pi087 & n1028;
  assign n1030 = pi002 & pi179;
  assign n1031 = pi000 & n1030;
  assign n1032 = pi087 & n1031;
  assign n1033 = ~pi002 & ~pi147;
  assign n1034 = pi000 & n1033;
  assign n1035 = pi087 & n1034;
  assign n1036 = ~n587 & ~n1035;
  assign n1037 = ~n1026 & ~n1029;
  assign n1038 = ~n1032 & n1037;
  assign po56 = ~n1036 | ~n1038;
  assign n1040 = pi002 & pi116;
  assign n1041 = ~pi000 & n1040;
  assign n1042 = pi087 & n1041;
  assign n1043 = ~pi002 & pi148;
  assign n1044 = ~pi000 & n1043;
  assign n1045 = pi087 & n1044;
  assign n1046 = pi002 & pi180;
  assign n1047 = pi000 & n1046;
  assign n1048 = pi087 & n1047;
  assign n1049 = ~pi002 & ~pi148;
  assign n1050 = pi000 & n1049;
  assign n1051 = pi087 & n1050;
  assign n1052 = ~n587 & ~n1051;
  assign n1053 = ~n1042 & ~n1045;
  assign n1054 = ~n1048 & n1053;
  assign po57 = ~n1052 | ~n1054;
  assign n1056 = pi002 & pi117;
  assign n1057 = ~pi000 & n1056;
  assign n1058 = pi087 & n1057;
  assign n1059 = ~pi002 & pi149;
  assign n1060 = ~pi000 & n1059;
  assign n1061 = pi087 & n1060;
  assign n1062 = pi002 & pi181;
  assign n1063 = pi000 & n1062;
  assign n1064 = pi087 & n1063;
  assign n1065 = ~pi002 & ~pi149;
  assign n1066 = pi000 & n1065;
  assign n1067 = pi087 & n1066;
  assign n1068 = ~n587 & ~n1067;
  assign n1069 = ~n1058 & ~n1061;
  assign n1070 = ~n1064 & n1069;
  assign po58 = ~n1068 | ~n1070;
  assign n1072 = pi002 & pi118;
  assign n1073 = ~pi000 & n1072;
  assign n1074 = pi087 & n1073;
  assign n1075 = ~pi002 & pi150;
  assign n1076 = ~pi000 & n1075;
  assign n1077 = pi087 & n1076;
  assign n1078 = pi002 & pi182;
  assign n1079 = pi000 & n1078;
  assign n1080 = pi087 & n1079;
  assign n1081 = ~pi002 & ~pi150;
  assign n1082 = pi000 & n1081;
  assign n1083 = pi087 & n1082;
  assign n1084 = ~n587 & ~n1083;
  assign n1085 = ~n1074 & ~n1077;
  assign n1086 = ~n1080 & n1085;
  assign po59 = ~n1084 | ~n1086;
  assign n1088 = ~pi002 & pi188;
  assign n1089 = pi000 & n1088;
  assign n1090 = pi184 & n1089;
  assign n1091 = ~pi000 & n1088;
  assign n1092 = pi184 & n1091;
  assign po60 = n1090 | n1092;
  assign n1094 = pi000 & ~pi184;
  assign n1095 = ~pi002 & pi189;
  assign n1096 = ~pi000 & n1095;
  assign n1097 = pi184 & n1096;
  assign n1098 = pi000 & pi184;
  assign n1099 = pi002 & n1098;
  assign n1100 = ~pi002 & ~pi189;
  assign n1101 = pi000 & n1100;
  assign n1102 = pi184 & n1101;
  assign n1103 = ~n1099 & ~n1102;
  assign n1104 = ~n1094 & ~n1097;
  assign po61 = ~n1103 | ~n1104;
  assign n1106 = ~pi002 & pi190;
  assign n1107 = ~pi000 & n1106;
  assign n1108 = pi184 & n1107;
  assign n1109 = ~pi002 & ~pi190;
  assign n1110 = pi000 & n1109;
  assign n1111 = pi184 & n1110;
  assign n1112 = ~n1099 & ~n1111;
  assign n1113 = ~n1094 & ~n1108;
  assign po62 = ~n1112 | ~n1113;
  assign n1115 = pi002 & pi183;
  assign n1116 = ~pi000 & n1115;
  assign n1117 = pi184 & n1116;
  assign n1118 = ~pi002 & pi191;
  assign n1119 = ~pi000 & n1118;
  assign n1120 = pi184 & n1119;
  assign n1121 = pi195 & n1099;
  assign n1122 = ~pi002 & ~pi191;
  assign n1123 = pi000 & n1122;
  assign n1124 = pi184 & n1123;
  assign n1125 = ~n1094 & ~n1124;
  assign n1126 = ~n1117 & ~n1120;
  assign n1127 = ~n1121 & n1126;
  assign po63 = ~n1125 | ~n1127;
  assign n1129 = pi002 & pi185;
  assign n1130 = ~pi000 & n1129;
  assign n1131 = pi184 & n1130;
  assign n1132 = ~pi002 & pi192;
  assign n1133 = ~pi000 & n1132;
  assign n1134 = pi184 & n1133;
  assign n1135 = pi196 & n1099;
  assign n1136 = ~pi002 & ~pi192;
  assign n1137 = pi000 & n1136;
  assign n1138 = pi184 & n1137;
  assign n1139 = ~n1094 & ~n1138;
  assign n1140 = ~n1131 & ~n1134;
  assign n1141 = ~n1135 & n1140;
  assign po64 = ~n1139 | ~n1141;
  assign n1143 = pi002 & pi186;
  assign n1144 = ~pi000 & n1143;
  assign n1145 = pi184 & n1144;
  assign n1146 = ~pi002 & pi193;
  assign n1147 = ~pi000 & n1146;
  assign n1148 = pi184 & n1147;
  assign n1149 = pi197 & n1099;
  assign n1150 = ~pi002 & ~pi193;
  assign n1151 = pi000 & n1150;
  assign n1152 = pi184 & n1151;
  assign n1153 = ~n1094 & ~n1152;
  assign n1154 = ~n1145 & ~n1148;
  assign n1155 = ~n1149 & n1154;
  assign po65 = ~n1153 | ~n1155;
  assign n1157 = pi002 & pi187;
  assign n1158 = ~pi000 & n1157;
  assign n1159 = pi184 & n1158;
  assign n1160 = ~pi002 & pi194;
  assign n1161 = ~pi000 & n1160;
  assign n1162 = pi184 & n1161;
  assign n1163 = pi198 & n1099;
  assign n1164 = ~pi002 & ~pi194;
  assign n1165 = pi000 & n1164;
  assign n1166 = pi184 & n1165;
  assign n1167 = ~n1094 & ~n1166;
  assign n1168 = ~n1159 & ~n1162;
  assign n1169 = ~n1163 & n1168;
  assign po66 = ~n1167 | ~n1169;
endmodule